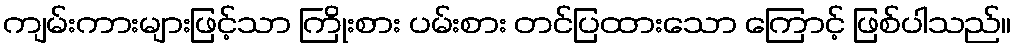
ကျမ်းကားများဖြင့်သာ ကြိုးစား ပမ်းစား တင်ပြထားသော ကြောင့် ဖြစ်ပါသည်။